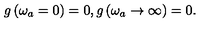
g \left( \omega _ { a } = 0 \right) = 0 , g \left( \omega _ { a } \rightarrow \infty \right) = 0 .